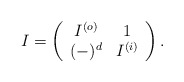
\begin{align*}I=\left(\begin{array}{cc} I^{(o)} & 1 \\ (-)^d & I^{(i)} \end{array}\right).\end{align*}